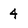
Character: 4